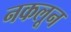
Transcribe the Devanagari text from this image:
नकलून